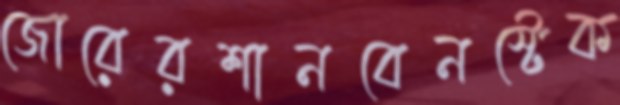
জোরেরশানবেনস্টেক